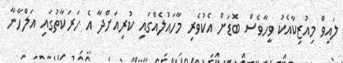
ލައިވް މިއުޒިކާއެކު ވީހާވެސް ބޮޑަށް އެކުވެރި މާހައުލެއްގައި ކުރިއަށްދާ އެ ހަރަކާތުގައި އަލްހާނާ